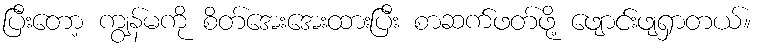
ပြီးတော့ ကျွန်မကို စိတ်အေးအေးထားပြီး စာဆက်ဖတ်ဖို့ ဖျောင်းဖျရှာတယ်။